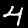
Label: 4